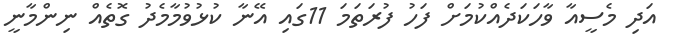
އަދި މެސީއާ ވާހަކަދެއްކުމަށް ފަހު ފުރަތަމަ 11ގައި އޭނާ ކުޅުވުމާމެދު ގޮތެއް ނިންމާނީ